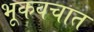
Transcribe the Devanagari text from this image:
भूकवचात